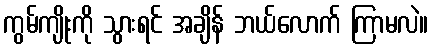
ကွမ်ကျိုးကို သွားရင် အချိန် ဘယ်လောက် ကြာမလဲ။